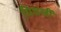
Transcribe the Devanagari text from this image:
पिघलीं